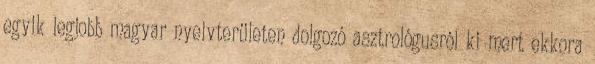
egyik legjobb magyar nyelvterületen dolgozó asztrológusról ki mert ekkora